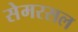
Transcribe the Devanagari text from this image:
सेमरसल